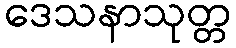
ဒေသနာသုတ္တ